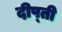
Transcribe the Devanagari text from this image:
दीप्‍ती